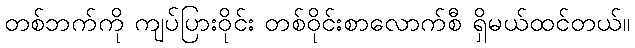
တစ်ဘက်ကို ကျပ်ပြားဝိုင်း တစ်ဝိုင်းစာလောက်စီ ရှိမယ်ထင်တယ်။